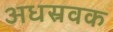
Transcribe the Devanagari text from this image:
अधस्रवक